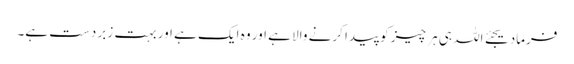
فرمادیجئے اللہ ہی ہر چیز کو پیدا کرنے والا ہے اور وہ ایک ہے اور بہت زبر دست ہے۔